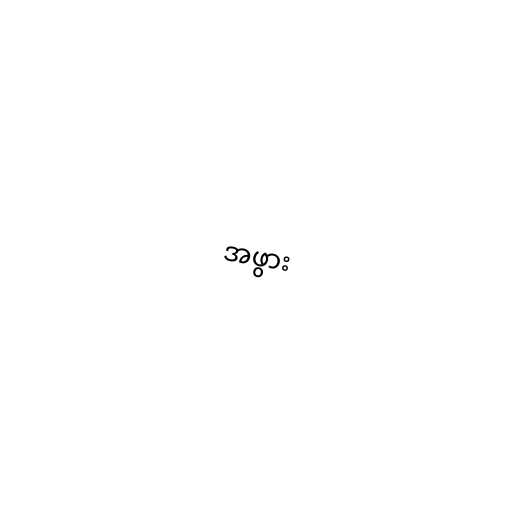
အဖွား